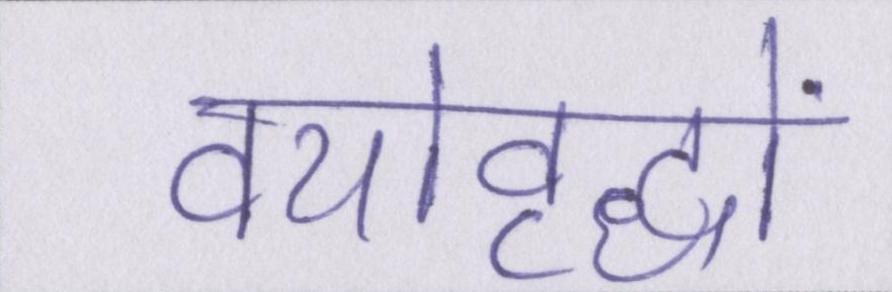
वयोवृद्धों